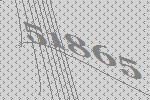
51865